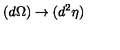
( d \Omega ) \rightarrow ( d ^ { 2 } \eta )